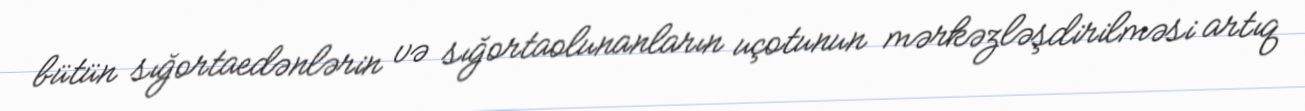
bütün sığortaedənlərin və sığortaolunanların uçotunun mərkəzləşdirilməsi artıq